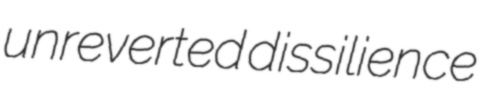
unreverted dissilience